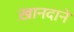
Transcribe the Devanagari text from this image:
ख़ानदाने